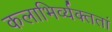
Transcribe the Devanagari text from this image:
कलाभिर्व्यक्ततां